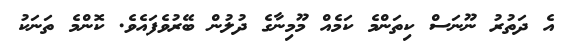
އެ ދަތުރު ނޫނަސް ކިތަންމެ ކަމެއް މޫމިނާގެ ދުލުން ބޭރުވެފައެވެ. ކޮންމެ ތަނަކު